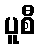
ပူစီ